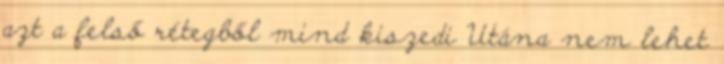
azt a felső rétegből mind kiszedi Utána nem lehet